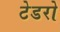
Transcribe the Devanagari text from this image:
टेडरो